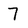
Character: 7